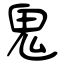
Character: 鬼